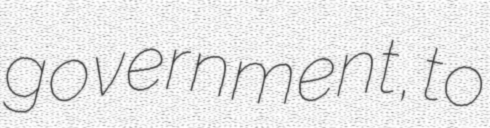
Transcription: government, to